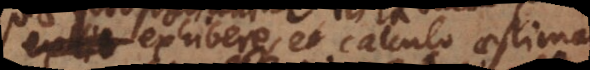
exhibere et calculo aestimare